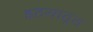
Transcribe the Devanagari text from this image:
हृदयातून